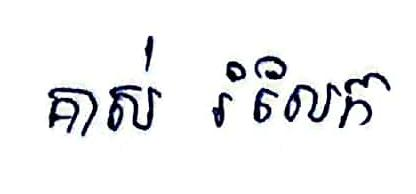
គាស់ រំលែក